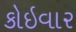
કોઇવાર